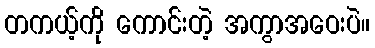
တကယ့်ကို ကောင်းတဲ့ အကွာအဝေးပဲ။